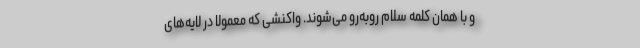
و با همان کلمه سلام روبه‌رو می‌شوند. واکنشی که معمولا در لایه‌های